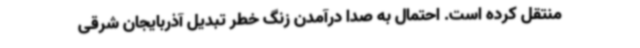
منتقل کرده است. احتمال به صدا درآمدن زنگ خطر تبدیل آذربایجان شرقی